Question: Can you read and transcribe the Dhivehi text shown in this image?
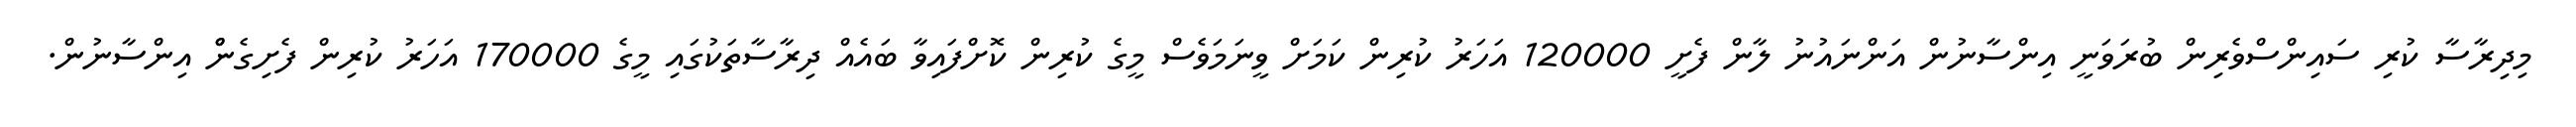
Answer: މިދިރާސާ ކުރި ސައިންސްވެރިން ބުރަވަނީ އިންސާނުން އަންނައުނު ލާން ފެށީ 120000 އަހަރު ކުރިން ކަމަށް ވީނަމަވެސް މީގެ ކުރިން ކޮށްފައިވާ ބައެއް ދިރާސާތަކުގައި މީގެ 170000 އަހަރު ކުރިން ފެށިގެންް އިންސާނުން.